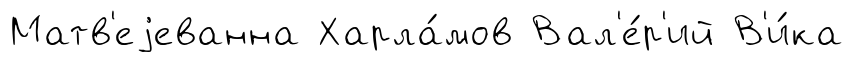
Матв'еjеванна Харла́мов Вал'е́р'ий В'и́ка